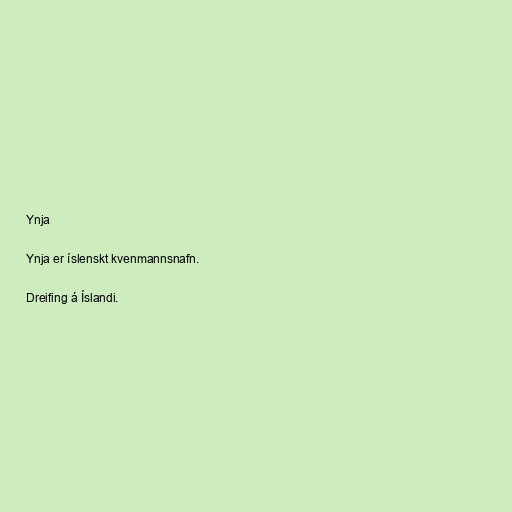
Ynja

Ynja er íslenskt kvenmannsnafn.

Dreifing á Íslandi.